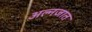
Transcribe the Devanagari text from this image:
अल्नजात